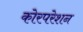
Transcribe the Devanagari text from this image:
कोरपरेशन